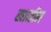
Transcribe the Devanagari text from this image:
खासीम